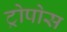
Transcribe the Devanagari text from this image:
ट्रोपोस